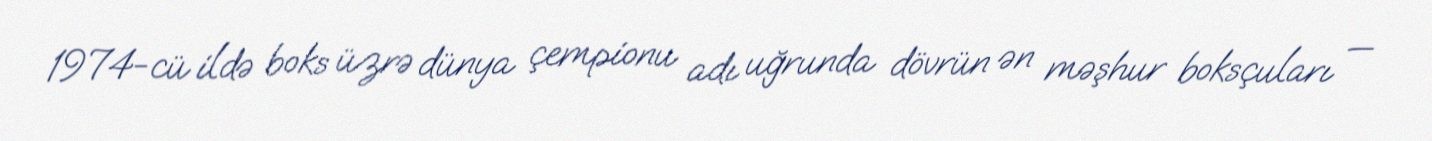
1974-cü ildə boks üzrə dünya çempionu adı uğrunda dövrün ən məşhur boksçuları —